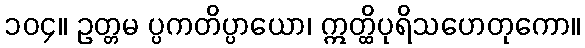
၁၀၄။ ဥတ္တမ ပ္ပကတိပ္ပာယော၊ ဣတ္ထိပုရိသဟေတုကော။